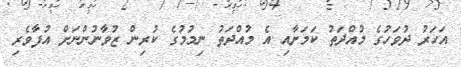
އަހަރު ދުވަހުގެ މުއްދަތު ކަމަށާއި އެ މުއްދަތު ނިމުމުގެ ކުރިން ޒުވާނުންނަށް އުފާވެރި